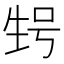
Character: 𰢬